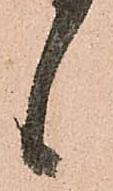
言